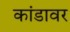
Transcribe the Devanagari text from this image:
कांडावर